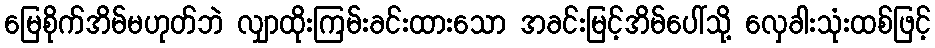
မြေစိုက်အိမ်မဟုတ်ဘဲ လျှာထိုးကြမ်းခင်းထားသော အခင်းမြင့်အိမ်ပေါ်သို့ လှေခါးသုံးထစ်ဖြင့်